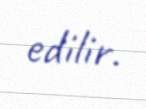
edilir.